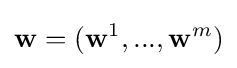
\mathbf {w} =(\mathbf {w} ^{1},...,\mathbf {w} ^{m})